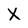
Character: X